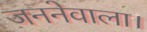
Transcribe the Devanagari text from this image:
जननेवाला।